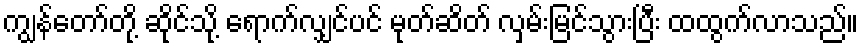
ကျွန်တော်တို့ ဆိုင်သို့ ရောက်လျှင်ပင် မုတ်ဆိတ် လှမ်းမြင်သွားပြီး ထထွက်လာသည်။